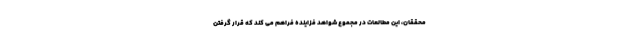
محققان، این مطالعات در مجموع شواهد فزاینده فراهم می کند که قرار گرفتن